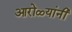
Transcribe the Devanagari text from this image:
आरोळ्यांनी